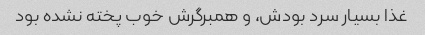
غذا بسیار سرد بودش، و همبرگرش خوب پخته نشده بود